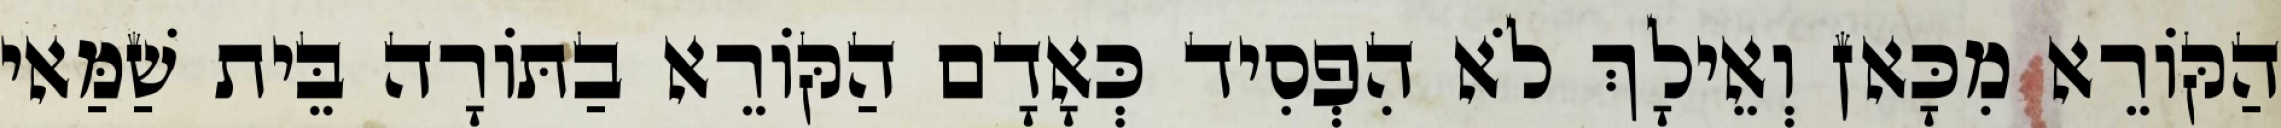
הַקּוֹרֵא מִכָּאן וְאֵילָךְ לֹא הִפְסִיד כְּאָדָם הַקּוֹרֵא בַתּוֹרָה בֵּית שַׁמַּאי